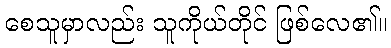
စေသူမှာလည်း သူကိုယ်တိုင် ဖြစ်လေ၏။